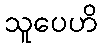
သူပေဟိ